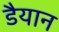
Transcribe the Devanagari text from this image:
डैयान